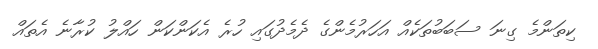
ކިތަންމެ ގިނަ ސަބަބުތަކެއް އަހަރުމެންގެ ދެމެދުގައި ހުރެ އެކަންކަން ހައްލު ކުރާނެ އެތައް